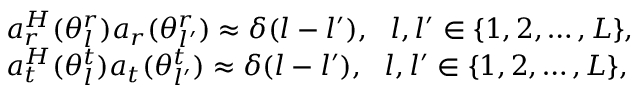
\begin{array} { r l } & { \boldsymbol { a } _ { r } ^ { H } ( \theta _ { l } ^ { r } ) \boldsymbol { a } _ { r } ( \theta _ { l ^ { \prime } } ^ { r } ) \approx \delta ( l - l ^ { \prime } ) , \ \ l , { l ^ { \prime } } \in \{ 1 , 2 , \ldots , L \} , } \\ & { \boldsymbol { a } _ { t } ^ { H } ( \theta _ { l } ^ { t } ) \boldsymbol { a } _ { t } ( \theta _ { l ^ { \prime } } ^ { t } ) \approx \delta ( l - { l ^ { \prime } } ) , \ \ l , { l ^ { \prime } } \in \{ 1 , 2 , \ldots , L \} , } \end{array}